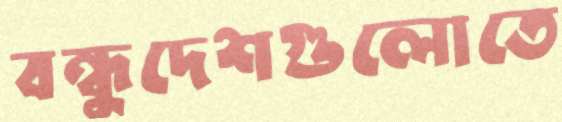
বন্ধুদেশগুলোতে